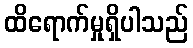
ထိရောက်မှုရှိပါသည်